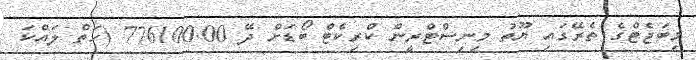
މިބަޖެޓްގެ ތެރޭގައި ޔޫތު މިނިސްޓްރީން ކްރިކެޓް ބޯޑަށް ދޭ 776100.00 (ހަތް ލައްކަ